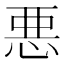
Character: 悪